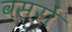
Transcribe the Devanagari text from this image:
वसरों